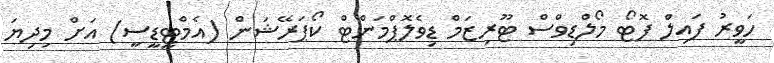
ހަވީރު ފައިލް ފޮޓޯ މޯލްޑިވްސް ޓޫރިޒަމް ޑިވެލޮޕްމަންޓް ކޯޕަރޭޝަން (އެމްޓީޑީސީ) އަށް މިދިޔަ